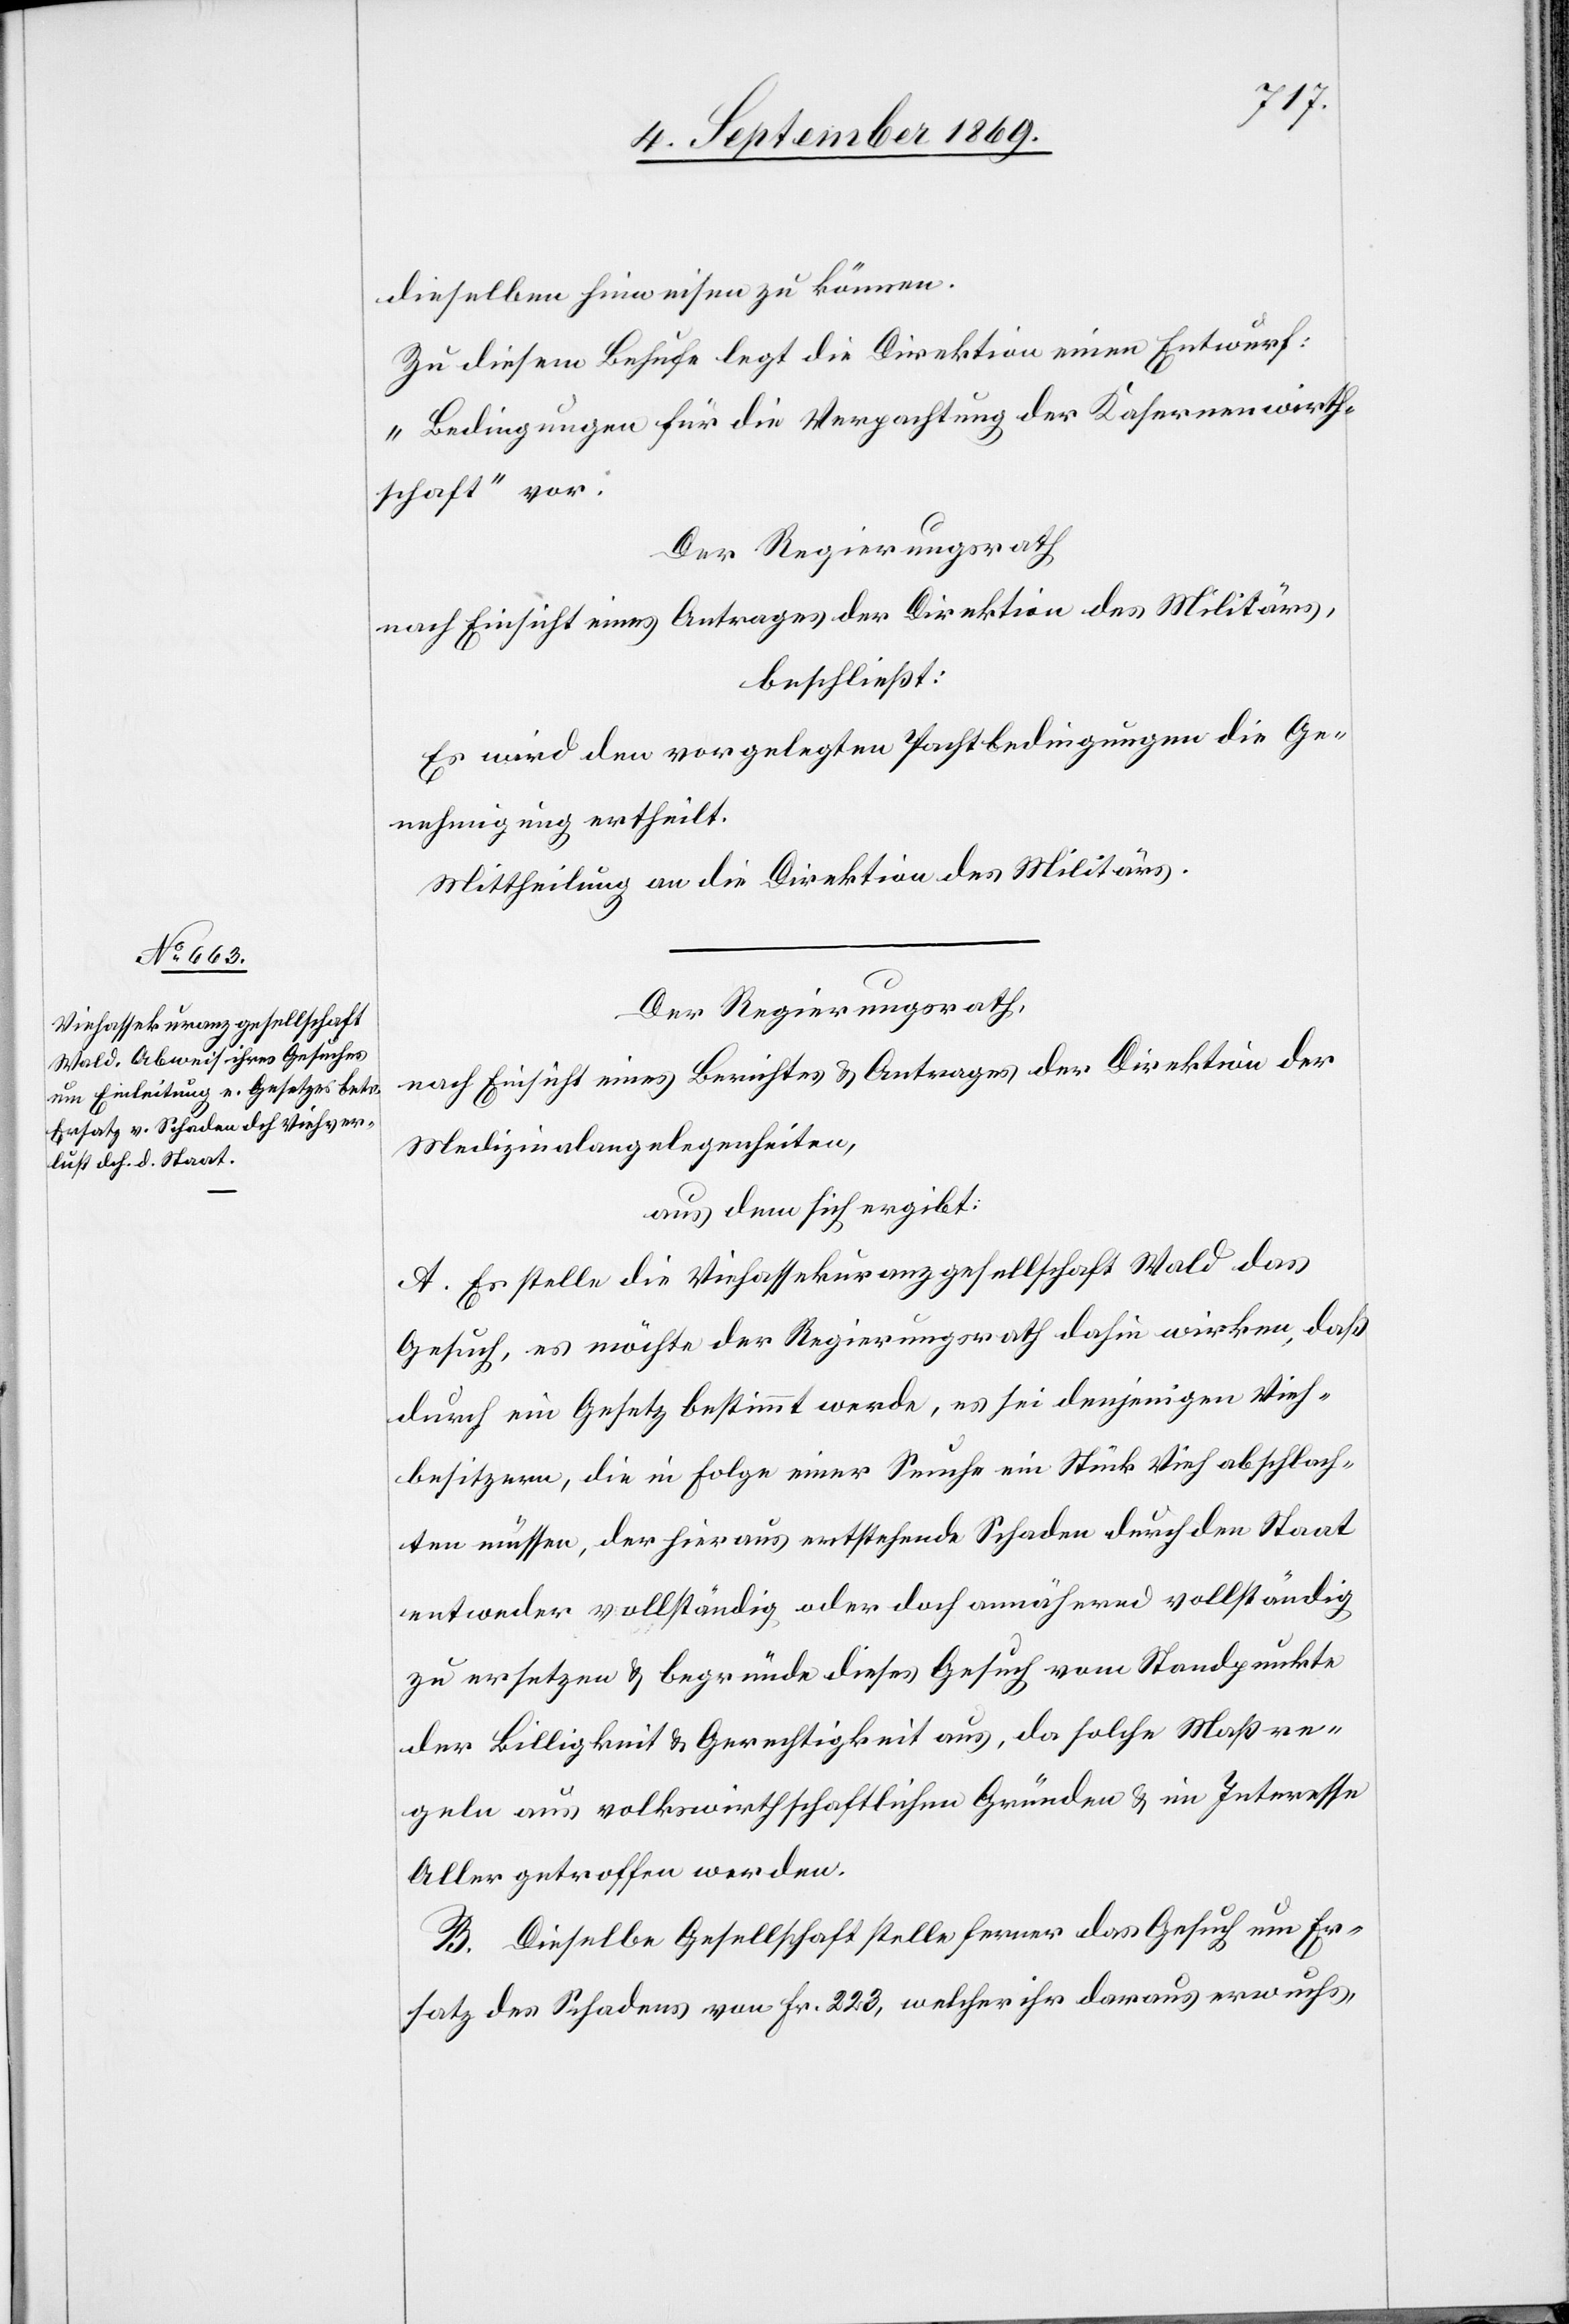
dieselben hinweisen zu können.
Zu diesem Behufe legt die Direktion einen Entwurf:
„Bedingungen für die Verpachtung der Kasernenwirth¬
schaft“ vor.
Der Regierungsrath
nach Einsicht eines Antrages der Direktion des Militärs,
beschließt:
Es wird den vorgelegten Pachtbedingungen die Ge¬
nehmigung ertheilt.
Mittheilung an die Direktion des Militärs.
Der Regierungsrath,
nach Einsicht eines Berichtes & Antrages der Direktion der
Medizinalangelegenheiten,
aus dem sich ergibt:
A. Es stelle die Viehassekuranzgesellschaft Wald das
Gesuch, es möchte der Regierungsrath dahin wirken, daß
durch ein Gesetz bestimmt werde, es sei denjenigen Vieh¬
besitzern, die in Folge einer Seuche ein Stück Vieh abschlach¬
ten müssen, der hieraus entstehende Schaden durch den Staat
entweder vollständig oder doch annähernd vollständig
zu ersetzen & begründe dieses Gesuch vom Standpunkte
der Billigkeit & Gerechtigkeit aus, da solche Maßre¬
geln aus volkswirthschaftlichen Gründen & im Interesse
Aller getroffen werden.
B. Dieselbe Gesellschaft stelle ferner das Gesuch um Er¬
satz des Schadens von Fr. 223, welcher ihr daraus erwuchs,